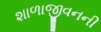
શાળાજીવનની